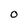
Character: 0